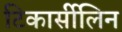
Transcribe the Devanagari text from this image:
टिकार्सीलिन